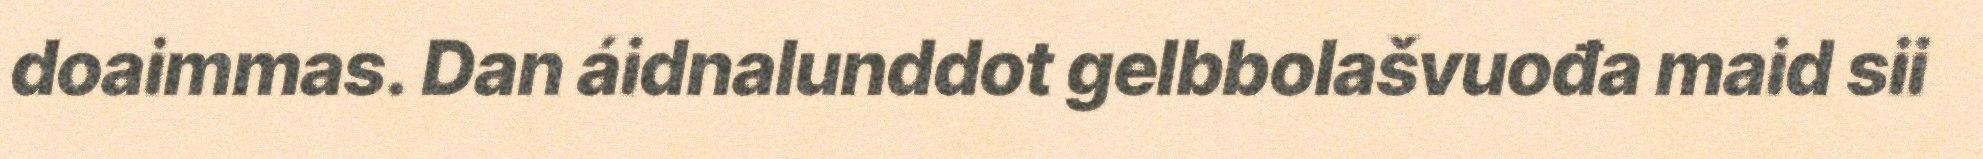
doaimmas. Dan áidnalunddot gelbbolašvuođa maid sii